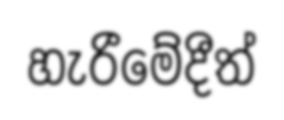
හැරීමේදීත්